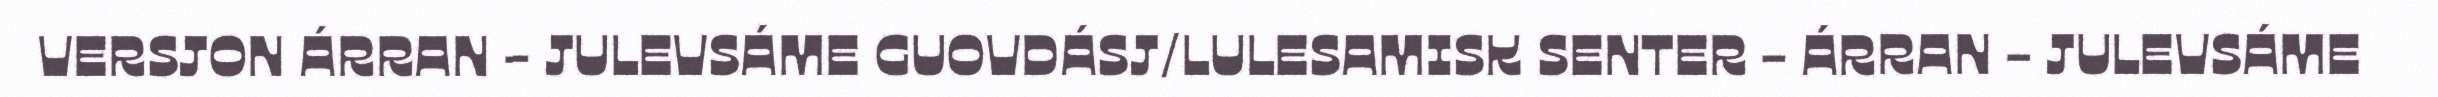
VERSJON ÁRRAN - JULEVSÁME GUOVDÁSJ/LULESAMISK SENTER - ÁRRAN - JULEVSÁME